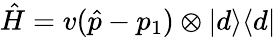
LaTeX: \hat{H}=v(\hat{p}-p_{1})\otimes\vert d\rangle\langle d\vert